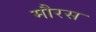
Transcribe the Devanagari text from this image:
मौरस